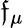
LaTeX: {\mathfrak{f}}_{\mu}